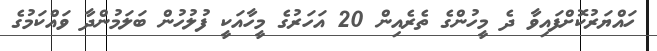
ހައްޔަރުކޮށްފައިވާ ދެ މީހުންގެ ތެރެއިން 20 އަހަރުގެ މީހާއަކީ ފުލުހުން ބަލަމުންދާ ވައްކަމުގެ